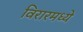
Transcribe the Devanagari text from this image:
विरारमध्ये